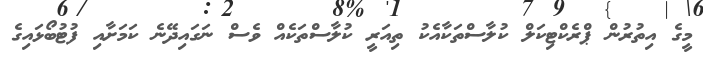
މީގެ އިތުރުން ޕްރެކްޓިކަލް ކުލާސްތަކާއެކު ތިއަރީ ކުލާސްތަކެއް ވެސް ނަގައިދޭނެ ކަމަށާއި ފުޓުބޯޅައިގެ